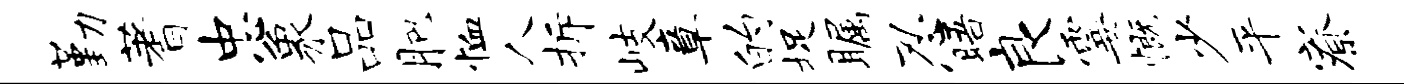
勤蓍忠象品肥恤人拆岐章的捉瞩忍晤良霎慨少平寮